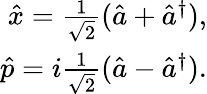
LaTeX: \begin{array}{r}{\hat{x}=\frac{1}{\sqrt{2}}(\hat{a}+\hat{a}^{\dagger}),}\\ {\hat{p}=i\frac{1}{\sqrt{2}}(\hat{a}-\hat{a}^{\dagger}).}\end{array}